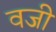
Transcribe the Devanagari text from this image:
वजी